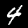
Label: 4